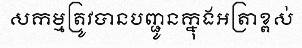
សកម្មត្រូវបានបញ្ជូនក្នុងអត្រាខ្ពស់